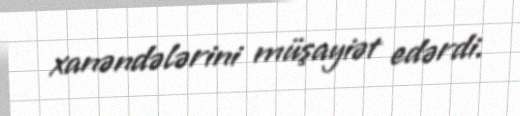
xanəndələrini müşayiət edərdi.